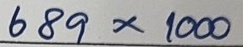
689 x 1000